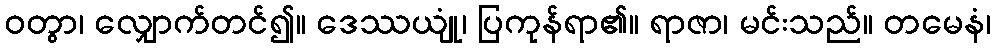
ဝတွာ၊ လျှောက်တင်၍။ ဒေဿယျုံ၊ ပြကုန်ရာ၏။ ရာဇာ၊ မင်းသည်။ တမေနံ၊